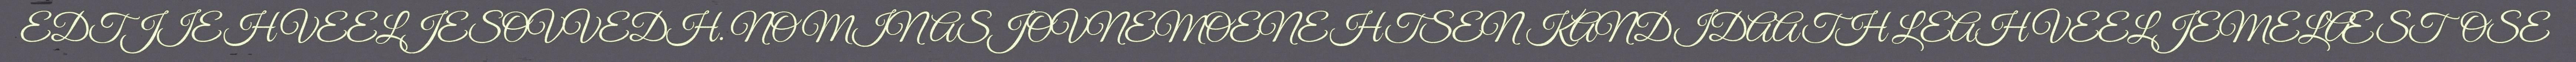
EDTJIEH VEELJESOVVEDH. NOMINASJOVNEMOENEHTSEN KANDIDAATH LEAH VEELJEMELÆSTOSE